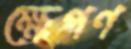
ক্ষেপণ